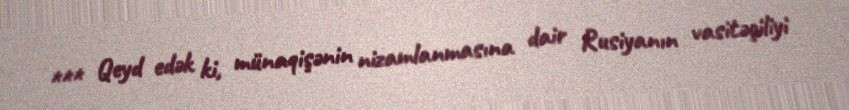
*** Qeyd edək ki, münaqişənin nizamlanmasına dair Rusiyanın vasitəçiliyi